Civil Veterinary Dept. Bombay admin report 1893-99 - 1893-1899
Year: 1893
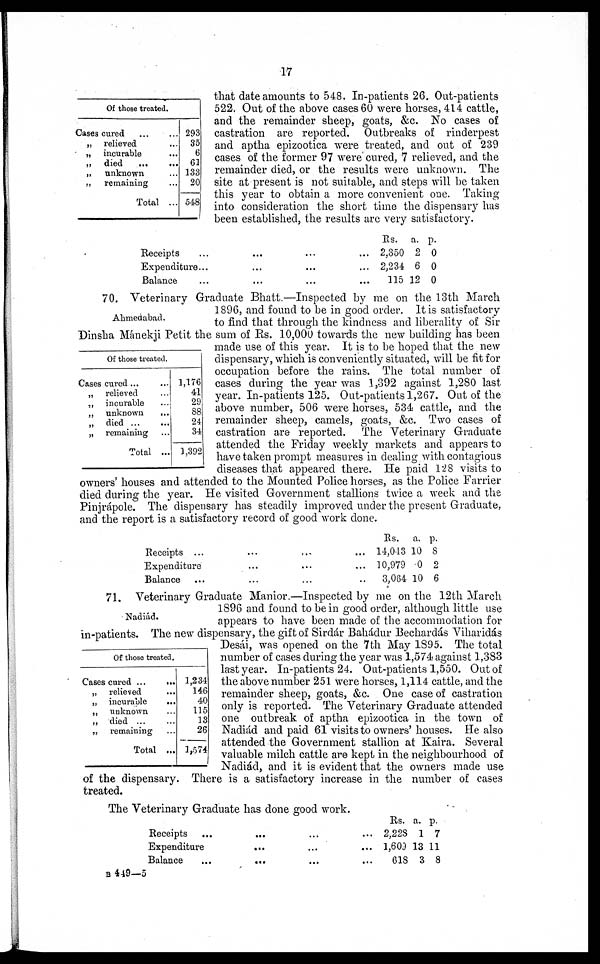
17
Of those treated.
Cases cured
…
…
„ relieved …
„ incurable …
„ died
...
...
„ unknown …
„ remaining …
Total ...
293
35
6
61
133
20
548
that date amounts to 548. In-patients 26. Out-patients
522. Out of the above cases 60 were horses, 414 cattle,
and the remainder sheep, goats, &c. No cases of
castration are reported. Outbreaks of rinderpest
and aptha epizootica were treated, and out of 239
cases of the former 97 were cured, 7 relieved, and the
remainder died, or the results were unknown. The
site at present is not suitable, and steps will be taken
this year to obtain a more convenient one. Taking
into consideration the short time the dispensary has
been established, the results are very satisfactory.
Receipts … …
Expenditure... …
Balance … …
Rs.
... ... 2,350
… … 2,234
… …115
a.
2
6
12
p.
0
0
0
Ahmedabad.
70. Veterinary Graduate Bhatt.—Inspected by me on the 13th March
1896, and found to be in good order. It is satisfactory
to find that through the kindness and liberality of Sir
Dinsha Mánekji Petit the sum of Rs. 10,000 towards the new building has been
made use of this year. It is to be hoped that the new
dispensary, which is conveniently situated, will be fit for
occupation before the rains. The total number of
cases during the year was 1,392 against 1,280 last
year. In-patients 125. Out-patients 1,267. Out of the
above number, 506 were horses, 534 cattle, and the
remainder sheep, camels, goats, &c. Two cases of
castration are reported. The Veterinary Graduate
attended the Friday weekly markets and appears to
have taken prompt measures in dealing with contagious
diseases that appeared there. He paid 128 visits to
owners' houses and attended to the Mounted Police horses, as the Police Farrier
died during the year. He visited Government stallions twice a week and the
Pinjrápole. The dispensary has steadily improved under the present Graduate,
and the report is a satisfactory record of good work done.
Of those treated.
Cases cured ...
„ relieved …
„ incurable …
„ unknown
...
„ died ... …
„ remaining …
Total ...
1,176
41
29
88
24
34
1,392
Receipts ...
Expenditure
Balance...
...
...
...
...
...
...
...
...
…
Rs.
14,013
10,979
3,064
a.
10
0
10
p.
8
2
6
Nadiád.
71. Veterinary Graduate Manior.—Inspected by me on the 12th March
1896 and found to be in good order, although little use
appears to have been made of the accommodation for
in-patients. The new dispensary, the gift of Sirdár Bahádur Bechardás Viharidás
Desái, was opened on the 7th May 1895. The total
number of cases during the year was 1,574 against 1,383
last year. In-patients 24. Oat-patients 1,550. Out of
the above number 251 were horses, 1,114 cattle, and the
remainder sheep, goats, &c. One case of castration
only is reported. The Veterinary Graduate attended
one outbreak of aptha epizootica in the town of
Nadiád and paid 61 visits to owners' houses. He also
attended the Government stallion at Kaira. Several
valuable milch cattle are kept in the neighbourhood of
Nadiád, and it is evident that the owners made use
of the dispensary. There is a satisfactory increase in the number of cases
treated.
Of those treated.
Cases cured ...
...
„ relieved
...
„ incurable
...
„ unknown …
„ died ... …
„ remaining …
Total ...
1,234
146
40
115
13
26
1,574
The Veterinary Graduate has done good work.
Receipts...
Expenditure
Balance...
…
...
… ...
...
...
...
...
...
...
Rs.
2,228
1,603
618
a.
1
13
3
p.
7
11
8
B 449—5